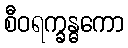
စီဝရက္ခန္ဓကော